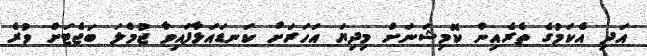
އަދި އެކަމުގެ ތެރެއިން ކޮމިޝަނަށް މިދިޔަ އަހަރަށް ކަނޑައަޅާފައިވާ ޖުމްލަ ބަޖެޓަށް ވުރެ